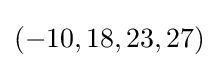
(-10,18,23,27)